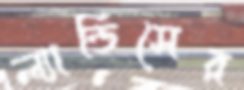
ল্যান্ডিসের